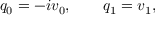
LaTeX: q _ { 0 } = - i v _ { 0 } , \qquad q _ { 1 } = v _ { 1 } ,